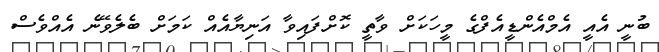
ބުނީ އެއީ އެމްއެންޑީއެފްގެ މީހަކަށް ވާތީ ކޮށްފައިވާ އަނިޔާއެއް ކަމަށް ބެލެވޭނެ އެއްވެސް